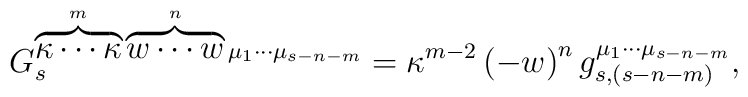
G_{s}^{\overbrace{\kappa \cdots \kappa }^{m}\overbrace{w\cdots w}^{n}\mu_{1}\cdots \mu _{s-n-m}}=\kappa ^{m-2}\left( -w\right)^{n}g_{s,(s-n-m)}^{\mu _{1}\cdots \mu _{s-n-m}},